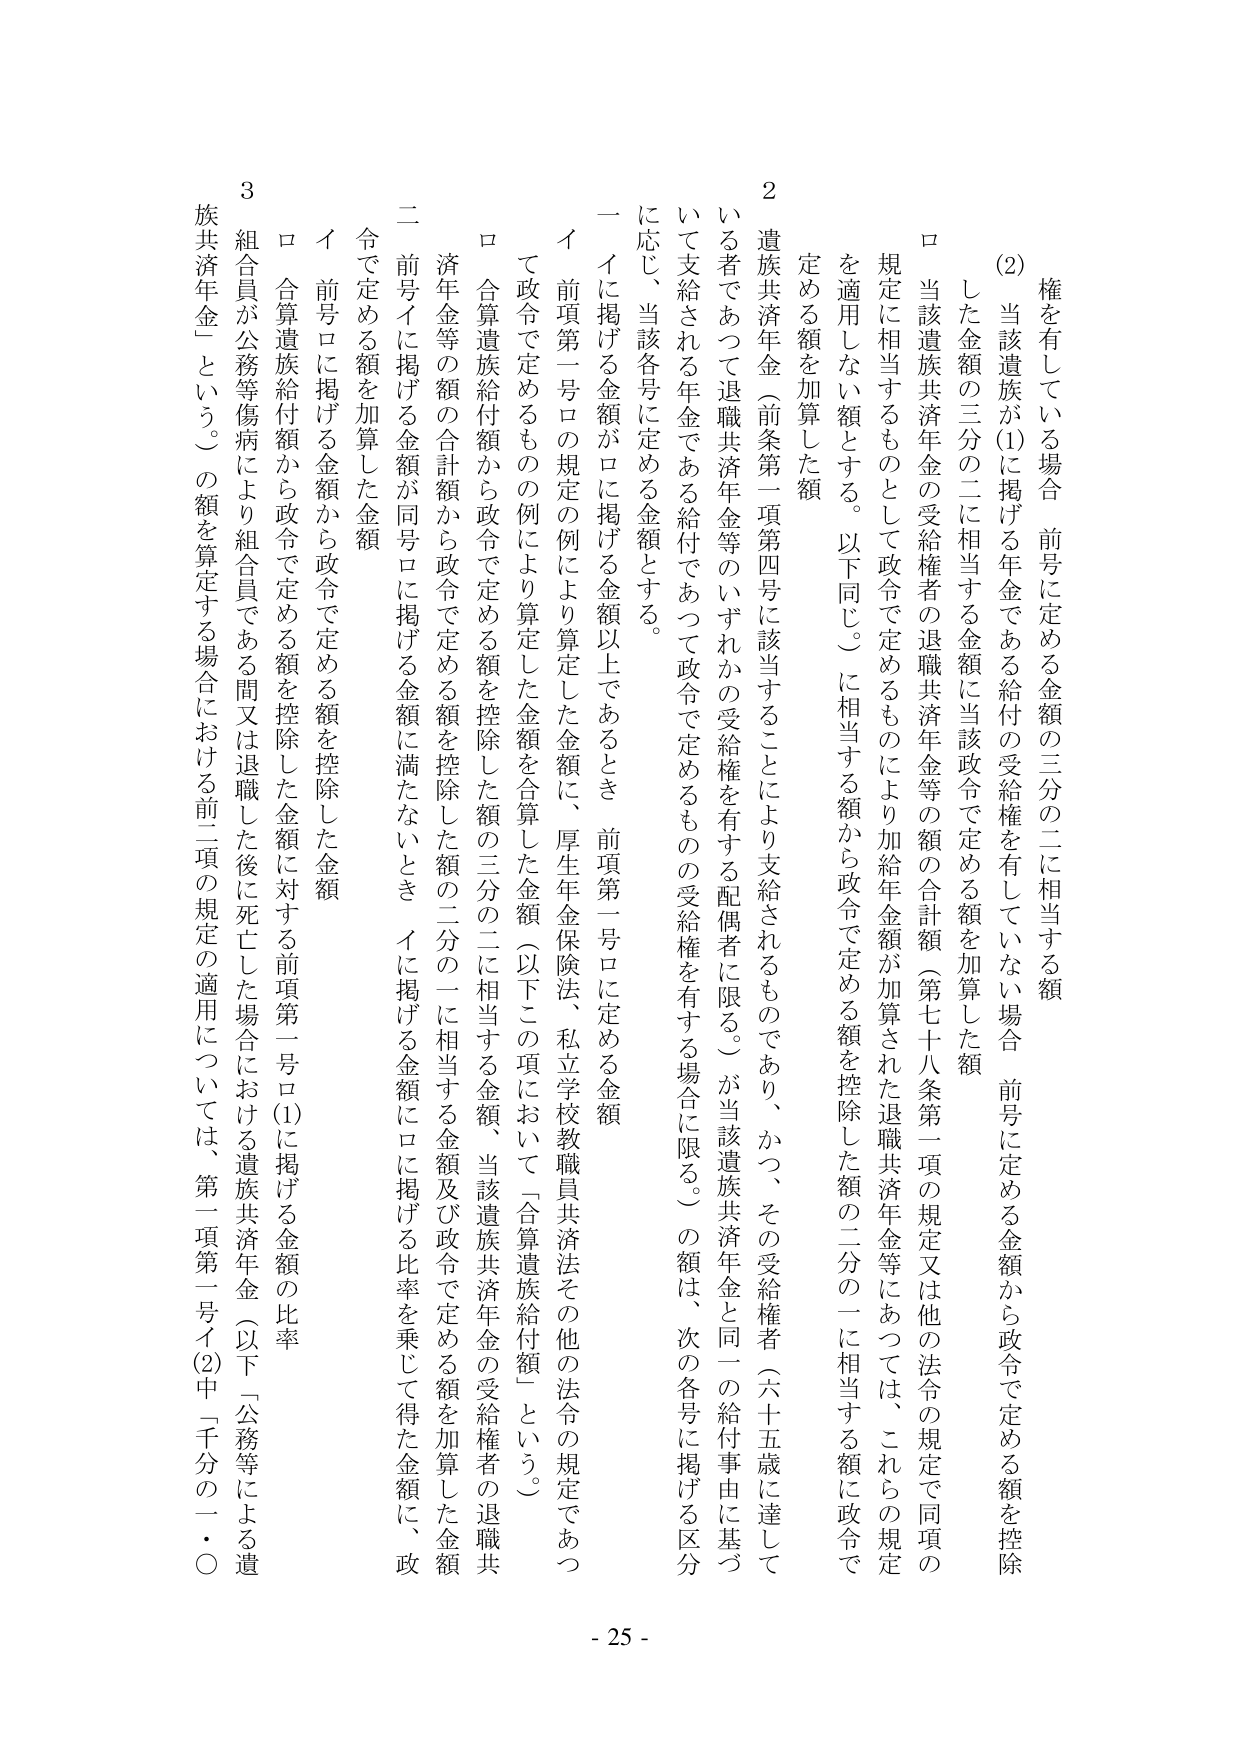
権を有している場合、前号に定める金額の三分の二に相当する額
(2) 当該遺族が(1)に掲げる年金である給付の受給権を有していない場合、前号に定める金額から政令で定める額を控除
した金額の三分の二に相当する金額に当該政令で定める額を加算した額
ロ 当該遺族共済年金の受給権者の退職共済年金等の額の合計額（第七十八条第一項の規定又は他の法令の規定で同項の
規定に相当するものとして政令で定めるものにより加給年金額が加算された退職共済年金等にあっては、これらの規定
を適用しない額とする。以下同じ。）に相当する額から政令で定める額を控除した額の二分の一に相当する額に政令で
定める額を加算した額
2 遺族共済年金（前条第一項第四号に該当することにより支給されるものであり、かつ、その受給権者（六十五歳に達して
いる者であって退職共済年金等のいずれかの受給権を有する配偶者に限る。）が当該遺族共済年金と同一の給付事由に基づ
いて支給される年金である給付であって政令で定めるものの受給権を有する場合に限る。）の額は、次の各号に掲げる区分
に応じ、当該各号に定める金額とする。
一 イに掲げる金額がロに掲げる金額以上であるとき、前項第一号ロに定める金額
イ 前項第一号ロの規定の例により算定した金額に、厚生年金保険法、私立学校教職員共済法その他の法令の規定であっ
て政令で定めるものの例により算定した金額を合算した金額（以下この項において「合算遺族給付額」という。）
ロ 合算遺族給付額から政令で定める額を控除した額の三分の二に相当する金額、当該遺族共済年金の受給権者の退職共
済年金等の額の合計額から政令で定める額を控除した額の二分の一に相当する金額及び政令で定める額を加算した金額
二 前号イに掲げる金額が同号ロに掲げる金額に満たないとき、イに掲げる金額にロに掲げる比率を乗じて得た金額に、政
令で定める額を加算した金額
イ 前号ロに掲げる金額から政令で定める額を控除した金額
ロ 合算遺族給付額から政令で定める額を控除した金額に対する前項第一号ロ(1)に掲げる金額の比率
3 組合員が公務等傷病により組合員である間又は退職した後に死亡した場合における遺族共済年金（以下「公務等による遺
族共済年金」という。）の額を算定する場合における前二項の規定の適用については、第一項第一号イ(2)中「千分の一・〇
- 25 -